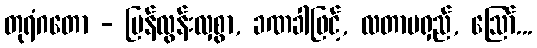
တုရံဂတော - မြန်လွန်းလှစွာ, ခဏခါဖြင့်, လတာမရှည်, ဩော်...